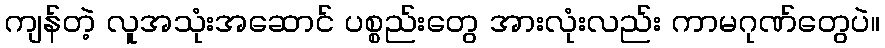
ကျန်တဲ့ လူအသုံးအဆောင် ပစ္စည်းတွေ အားလုံးလည်း ကာမဂုဏ်တွေပဲ။